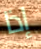
إذا